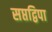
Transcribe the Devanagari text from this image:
सप्तद्विपा